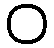
၀